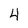
Character: 4